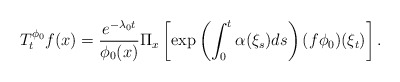
\begin{align*}T^{\phi_0}_tf(x)=\frac{e^{-\lambda_0t}}{\phi_0(x)}\Pi_x\left[\exp\left(\int^t_0\alpha(\xi_s)ds\right)(f\phi_0)(\xi_t)\right].\end{align*}